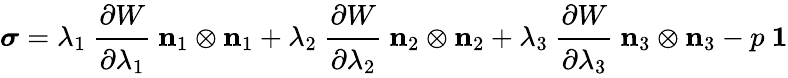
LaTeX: {\boldsymbol{\sigma}}=\lambda_{1}~{\cfrac{\partial W}{\partial\lambda_{1}}}~\mathbf{n}_{1}\otimes\mathbf{n}_{1}+\lambda_{2}~{\cfrac{\partial W}{\partial\lambda_{2}}}~\mathbf{n}_{2}\otimes\mathbf{n}_{2}+\lambda_{3}~{\cfrac{\partial W}{\partial\lambda_{3}}}~\mathbf{n}_{3}\otimes\mathbf{n}_{3}-p~{\boldsymbol{\mathit{1}}}